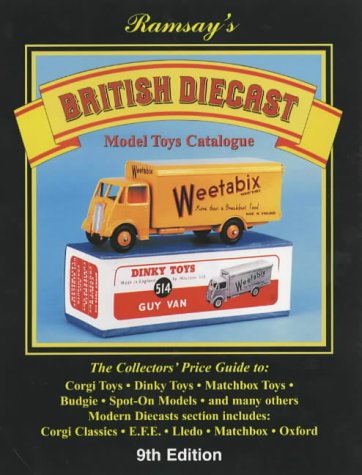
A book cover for British Diecast Model Toys Catalogue; Crafts, Hobbies & Home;